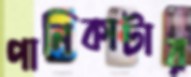
পানিকাটার